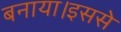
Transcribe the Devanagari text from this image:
बनाया।इससे